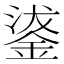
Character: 𮢗